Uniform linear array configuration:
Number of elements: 8
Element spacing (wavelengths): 1
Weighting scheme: binomial
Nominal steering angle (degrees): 60
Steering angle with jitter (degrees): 60.762
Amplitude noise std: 0.05
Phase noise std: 0.05

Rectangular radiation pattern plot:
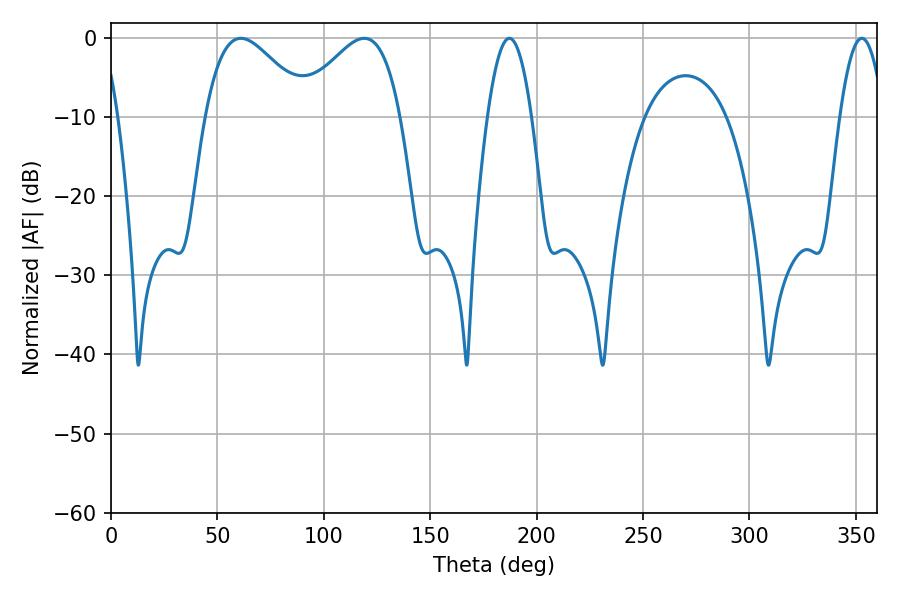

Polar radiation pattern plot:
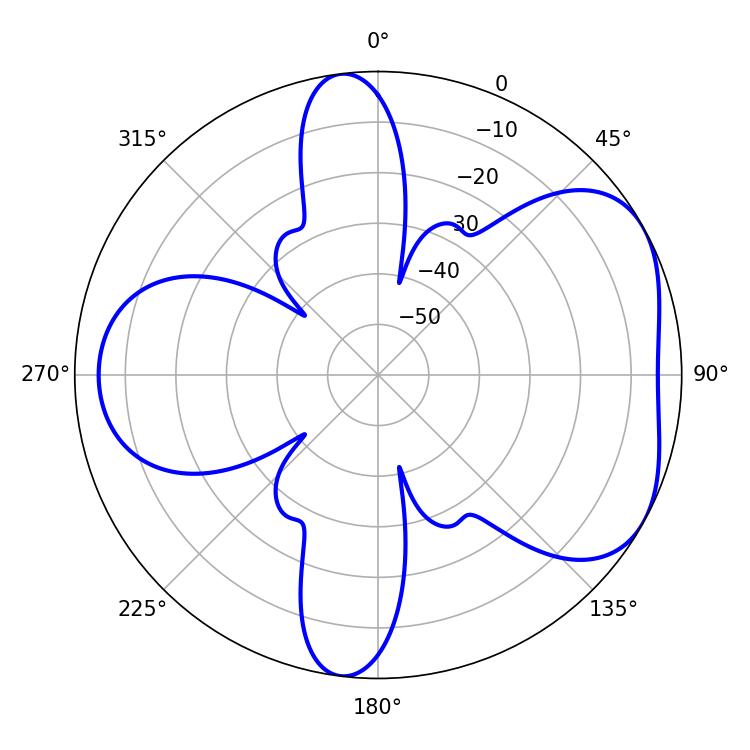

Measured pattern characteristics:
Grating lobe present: TRUE
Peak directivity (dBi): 4.93
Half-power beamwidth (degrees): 26.1
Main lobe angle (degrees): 61.02